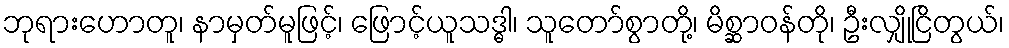
ဘုရားဟောတူ၊ နာမှတ်မူဖြင့်၊ ဖြောင့်ယူသဒ္ဓါ၊ သူတော်စွာတို့၊ မိစ္ဆာဝန်တို၊ ဦးလျှိုငြိတွယ်၊